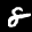
Label: 8